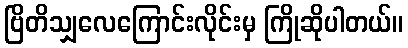
ဗြိတိသျှလေကြောင်းလိုင်းမှ ကြိုဆိုပါတယ်။